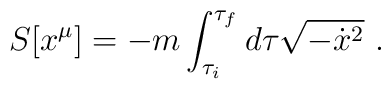
S[x^\mu]=-m\int_{\tau_i}^{\tau_f}d\tau\sqrt{-\dot{x}^2}\ .